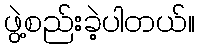
ဖွဲ့စည်းခဲ့ပါတယ်။